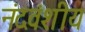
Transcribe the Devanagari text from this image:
नंदवंशीय